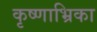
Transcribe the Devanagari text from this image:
कृष्णाभ्रिका